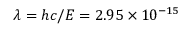
\lambda = h c / E = 2 . 9 5 \times 1 0 ^ { - 1 5 }